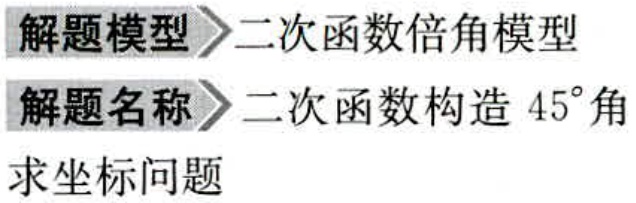
解题模型 \(\to\) 二次函数倍角模型
解题名称 \(\to\) 二次函数构造 \(45^{\circ}\)角
求坐标问题